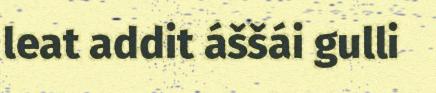
leat addit áššái gulli